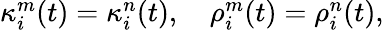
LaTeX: \begin{array}{r}{\kappa_{i}^{m}(t)=\kappa_{i}^{n}(t),\quad\rho_{i}^{m}(t)=\rho_{i}^{n}(t),}\end{array}